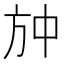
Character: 𭤫